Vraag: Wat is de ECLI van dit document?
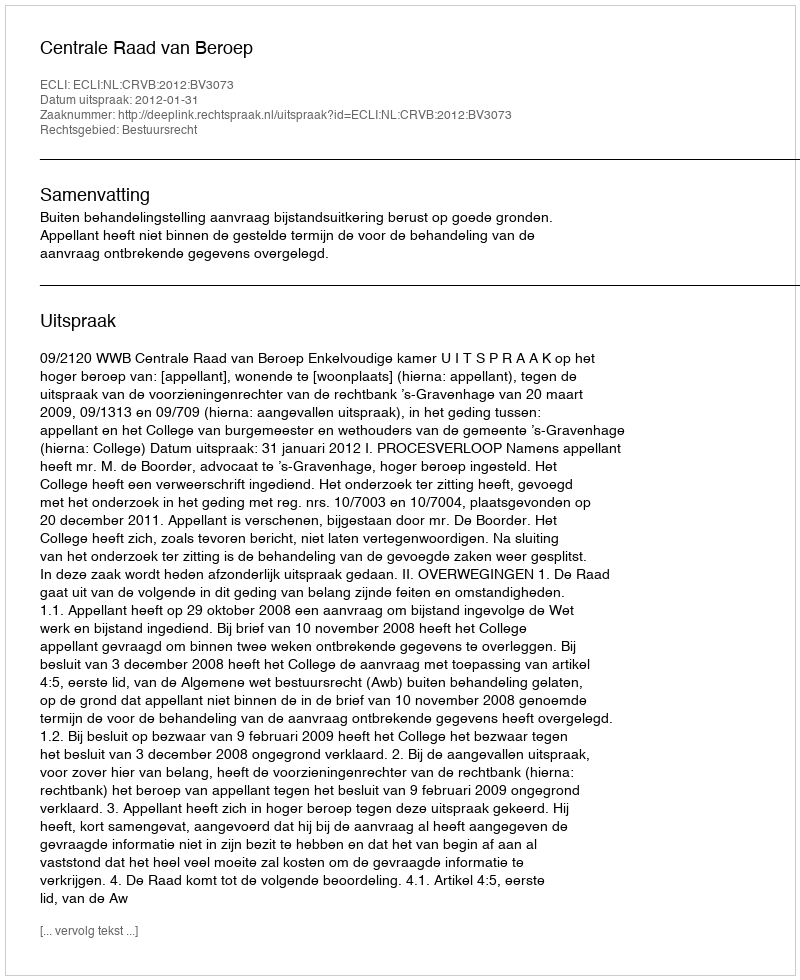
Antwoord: ECLI:NL:CRVB:2012:BV3073